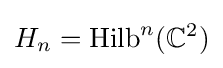
H_{n}={\text{Hilb}}^{n}(\mathbb {C} ^{2})